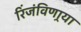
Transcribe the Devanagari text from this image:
रिंजंविणार्‍या